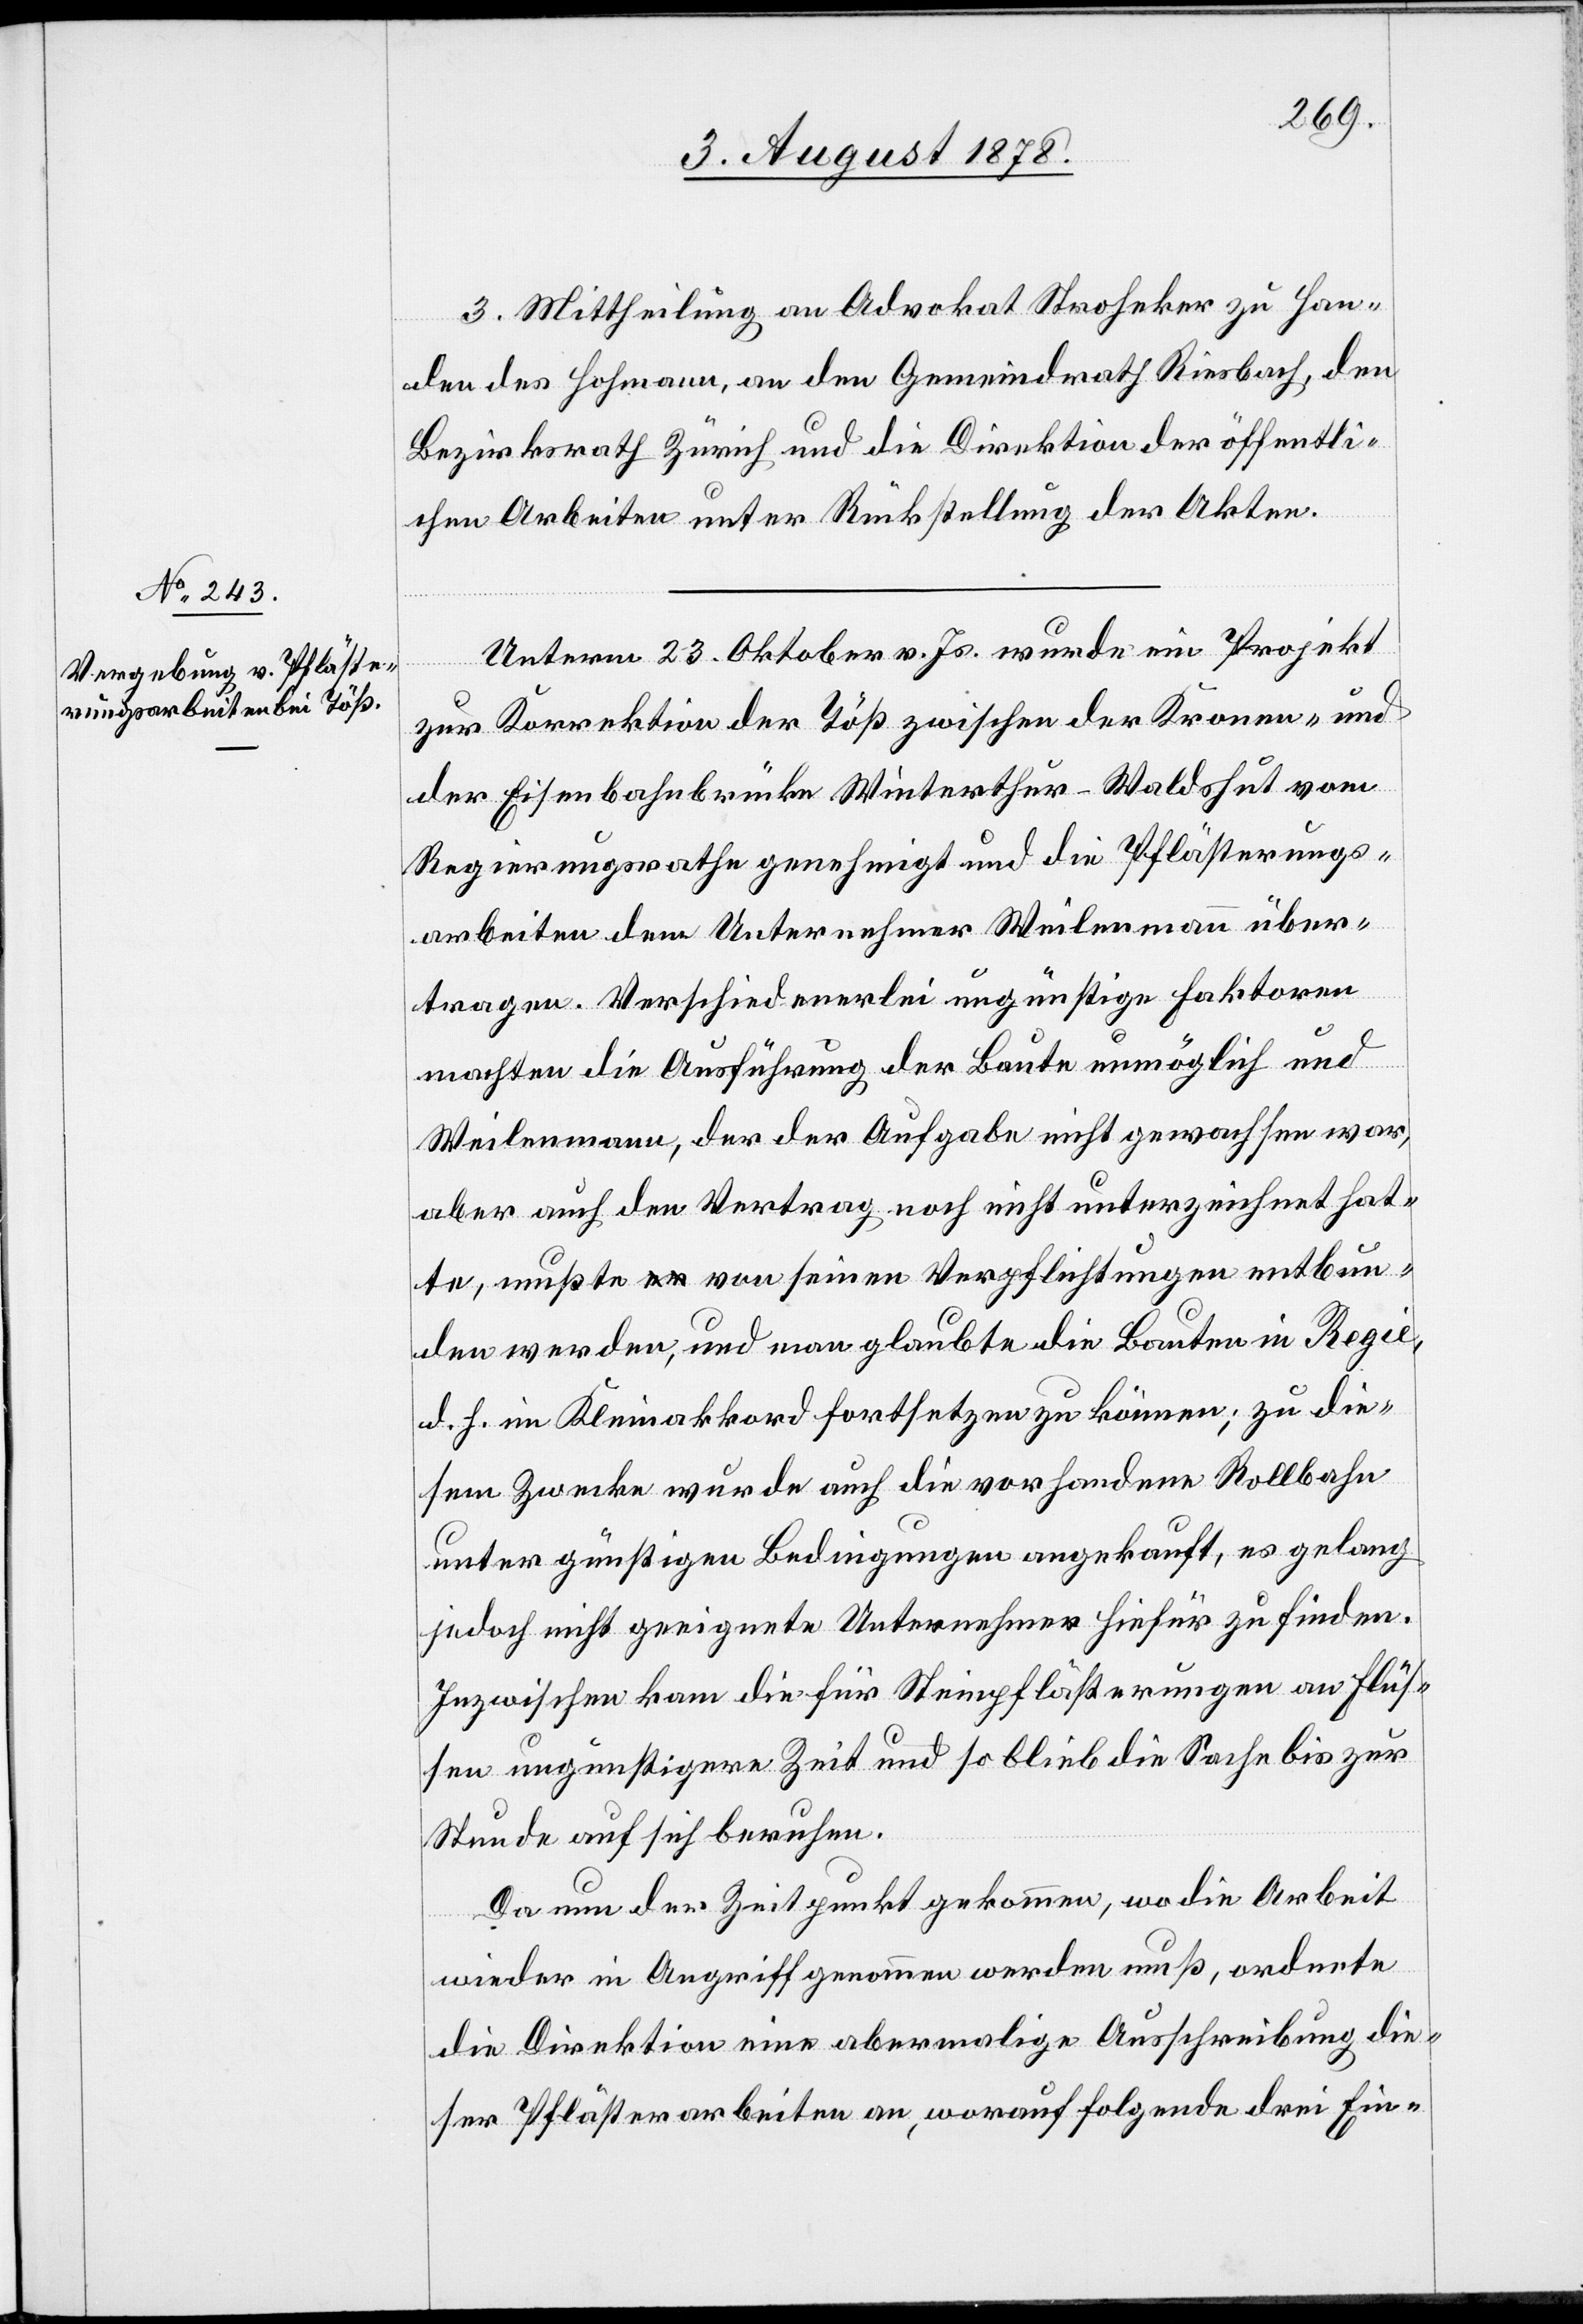
3. Mittheilung an Advokat Stroheker zu Han¬
den des Hohmann, an den Gemeindrath Riesbach, den
Bezirksrath Zürich und die Direktion der öffentli¬
chen Arbeiten unter Rückstellung der Akten.
Unterm 23. Oktober v. Js. wurde ein Projekt
zur Korrektion der Töß zwischen der Kronen- und
der Eisenbahnbrücke Winterthur–Waldshut vom
Regierungsrathe genehmigt und die Pflästerungs¬
arbeiten dem Unternehmer Weilenmann über¬
tragen. Verschiedenerlei ungünstige Faktoren
machten die Ausführung der Baute unmöglich und
Weilenmann, der der Aufgabe nicht gewachsen war,
aber auch den Vertrag noch nicht unterzeichnet hat¬
te, mußte von seinen Verpflichtungen entbun¬
den werden, und man glaubte die Bauten in Regie,
d. h. im Kleinakkord fortsetzen zu können; zu die¬
sem Zwecke wurde auch die vorhandene Rollbahn
unter günstigen Bedingungen angekauft, es gelang
jedoch nicht geeignete Unternehmer hiefür zu finden.
Inzwischen kam die für Steinpflästerungen an Flüs¬
sen ungünstigere Zeit und so blieb die Sache bis zur
Stunde auf sich beruhen.
Da nun der Zeitpunkt gekommen, wo die Arbeit
wieder in Angriff genommen werden muß, ordnete
die Direktion eine abermalige Ausschreibung die¬
ser Pflästerarbeiten an, worauf folgende drei Ein-